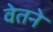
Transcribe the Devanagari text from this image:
वेतने